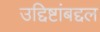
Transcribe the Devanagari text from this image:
उद्दिष्टांबद्दल